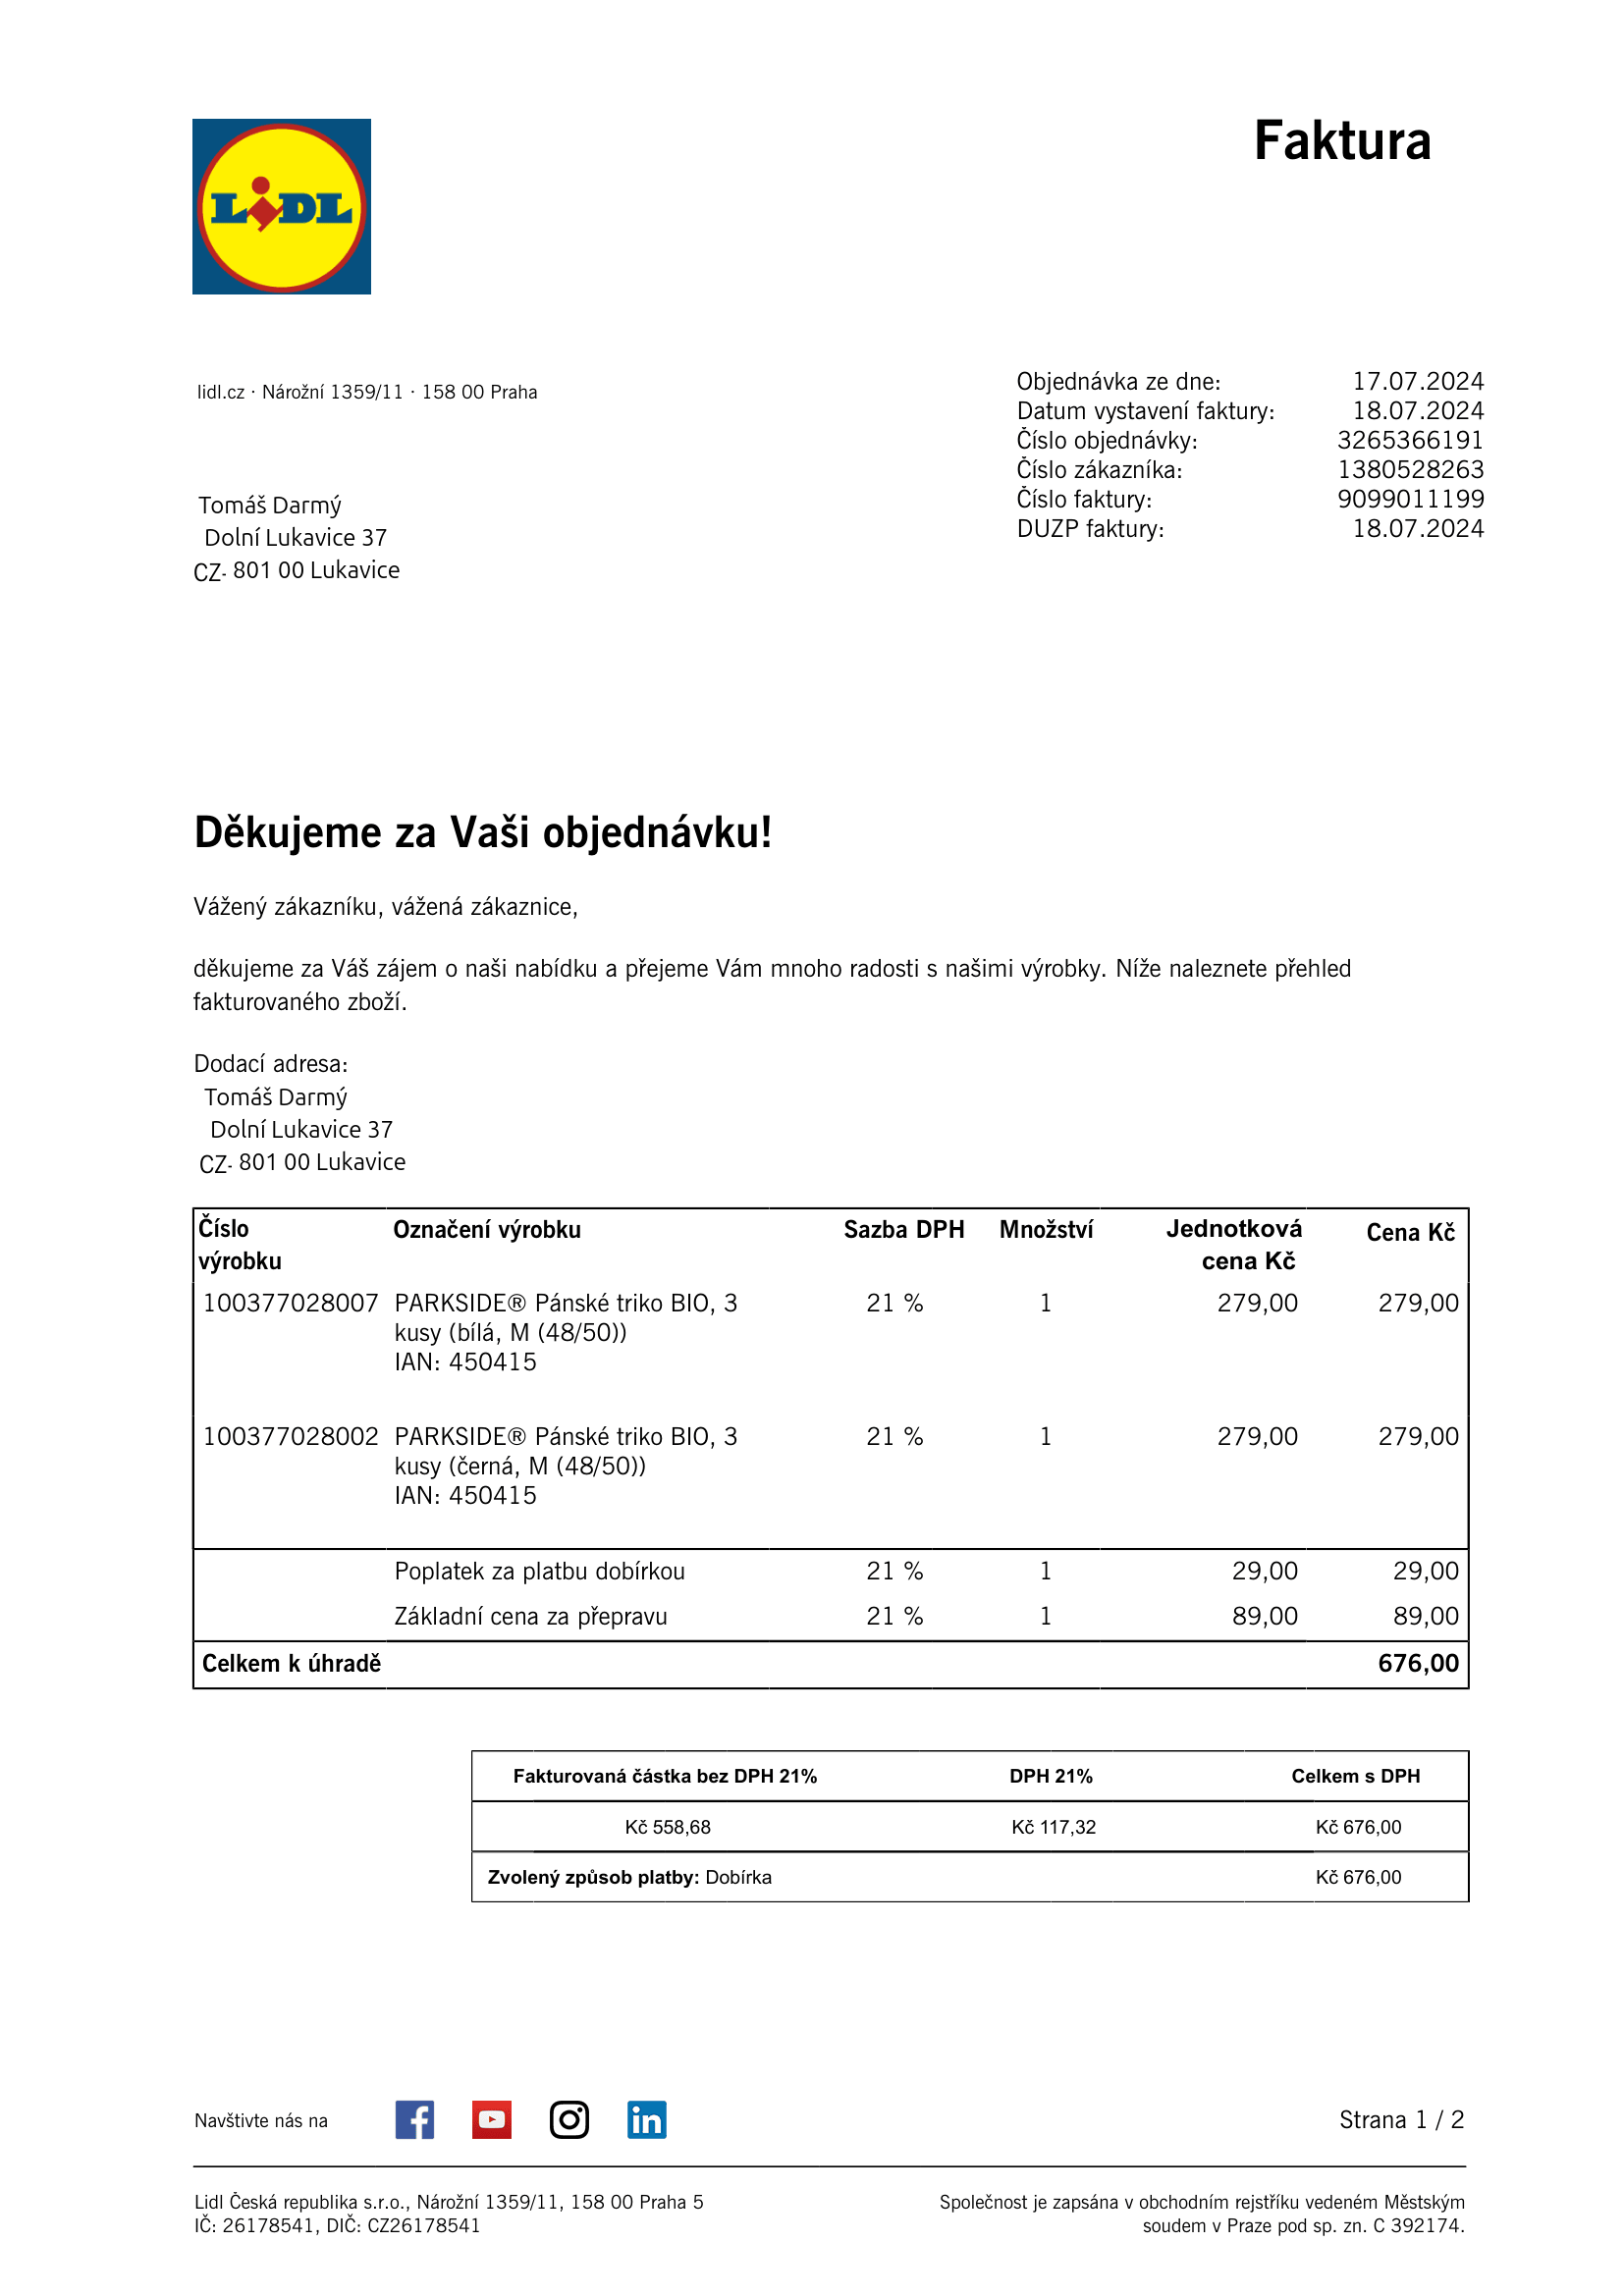
invoice_number: 9099011199
supp_register_id: 26178541
supp_tax_id: CZ26178541
issue_date: 18.07.2024
taxable_supply_date: 18.07.2024
total: 676,00